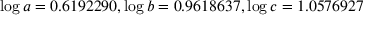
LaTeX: \log a = 0 . 6 1 9 2 2 9 0 , \log b = 0 . 9 6 1 8 6 3 7 , \log c = 1 . 0 5 7 6 9 2 7